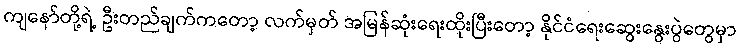
ကျနော်တို့ရဲ့ ဦးတည်ချက်ကတော့ လက်မှတ် အမြန်ဆုံးရေးထိုးပြီးတော့ နိုင်ငံရေးဆွေးနွေးပွဲတွေမှာ